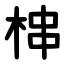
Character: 梙